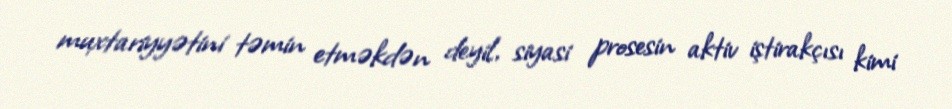
muxtariyyətini təmin etməkdən deyil, siyasi prosesin aktiv iştirakçısı kimi